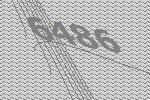
6486